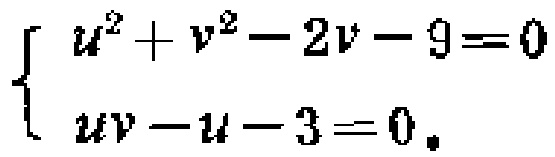
$\left\{\begin{array}{l}u^{2}+v^{2}-2v - 9 = 0\\uv - u - 3 = 0.\end{array}\right.$